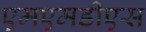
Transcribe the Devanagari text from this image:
एमएमडीएस